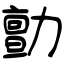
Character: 勯